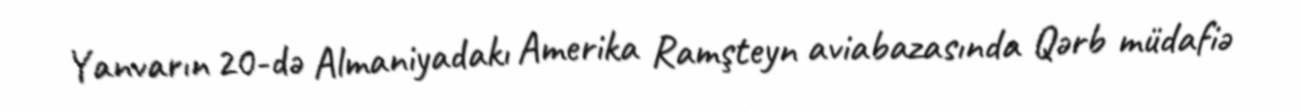
Yanvarın 20-də Almaniyadakı Amerika Ramşteyn aviabazasında Qərb müdafiə